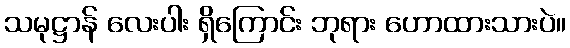
သမုဋ္ဌာန် လေးပါး ရှိကြောင်း ဘုရား ဟောထားသားပဲ။